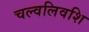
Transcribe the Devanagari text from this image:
चल्वलिवशि